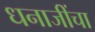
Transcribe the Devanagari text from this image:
धनाजींचा